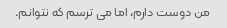
من دوست دارم، اما می ترسم که نتوانم.